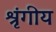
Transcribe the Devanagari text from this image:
श्रृंगीय